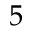
5